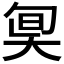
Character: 𡘬